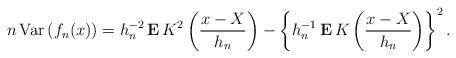
LaTeX: \begin{align*}n\,\mbox{{\rm Var}}\left( f_{n}(x)\right) =h_{n}^{-2}{\bf \,E\,}K^{2}\left(\frac{x-X}{h_{n}}\right) -\left\{ h_{n}^{-1}{\bf \,E\,}K\left( \frac{x-X}{h_{n}}\right) \right\} ^{2}. \end{align*}